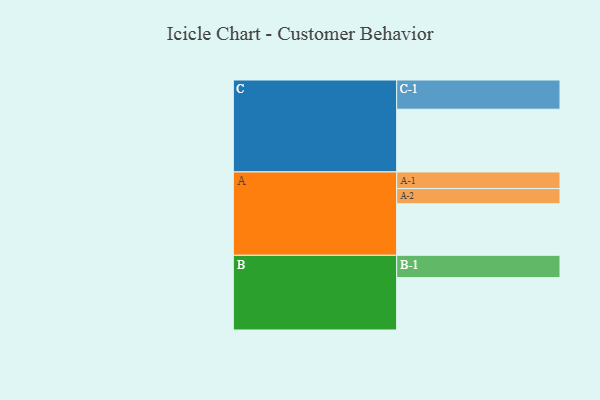
{"axis": {"x": "Segment", "y": "Value"}, "legend": ["", "A", "B", "C"], "data": [{"x": "A", "y": 469, "type": ""}, {"x": "B", "y": 477, "type": ""}, {"x": "C", "y": 571, "type": ""}, {"x": "A-1", "y": 151, "type": "A"}, {"x": "A-2", "y": 139, "type": "A"}, {"x": "B-1", "y": 203, "type": "B"}, {"x": "C-1", "y": 266, "type": "C"}]}